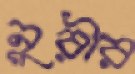
নুরীর